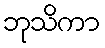
ဘုသိကာ